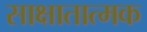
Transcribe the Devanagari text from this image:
साक्षातात्मक